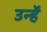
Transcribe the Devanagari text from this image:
उन्हेंं